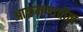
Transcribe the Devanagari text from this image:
आक्रमणातील